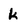
Character: k